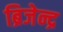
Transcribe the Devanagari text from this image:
ब्रिजेन्द्र